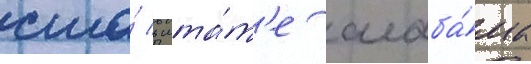
сша́ в шта́т'е алаба́ма